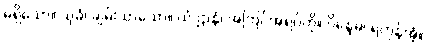
မရှိသော။ သုခံ၊ ချမ်းသာသော။ ယံ ဌာနံ၊ အကြင်အရပ်ကို။ ဝိန္ဒေမ၊ ရကုန်အံ့။